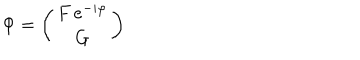
\Phi = \left( \begin{array} { c } { { F \, e ^ { - i \varphi } } } \\ { { G } } \\ \end{array} \right)